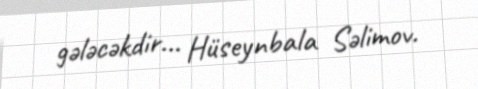
gələcəkdir... Hüseynbala Səlimov.